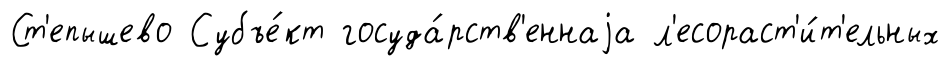
Ст'епышево Субъе́кт госуда́рств'еннаjа л'есораст'и́т'ельных